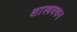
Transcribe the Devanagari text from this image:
शास्त्रवचन